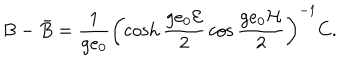
B - \bar { B } = \frac { 1 } { g e _ { 0 } } \left( \cosh \frac { g e _ { 0 } { \cal E } } { 2 } \, \cos \frac { g e _ { 0 } { \cal H } } { 2 } \right) ^ { - 1 } C .